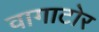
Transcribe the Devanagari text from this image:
वागाटोर